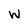
Character: w